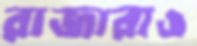
রাজারাও